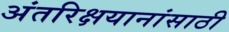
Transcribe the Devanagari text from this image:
अंतरिक्षयानांसाठी